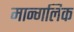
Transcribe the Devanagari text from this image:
मान्गलिक